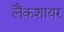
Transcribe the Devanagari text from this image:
लैंकशायर